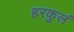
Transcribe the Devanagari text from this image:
हरकुलं